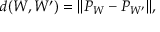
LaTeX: d ( W , W ^ { \prime } ) = \lVert P _ { W } - P _ { W ^ { \prime } } \rVert ,